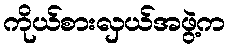
ကိုယ်စားလှယ်အဖွဲ့က